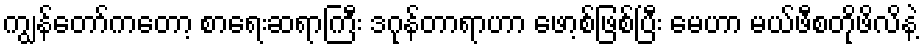
ကျွန်တော်ကတော့ စာရေးဆရာကြီး ဒဂုန်တာရာဟာ ဖော့စ်ဖြစ်ပြီး မေဟာ မယ်ဖီစတိုဖိလိနဲ့